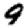
Digit: 9